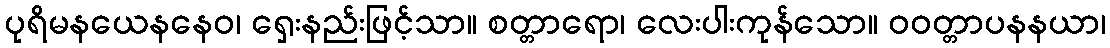
ပုရိမနယေနနေဝ၊ ရှေးနည်းဖြင့်သာ။ စတ္တာရော၊ လေးပါးကုန်သော။ ဝဝတ္တာပနနယာ၊